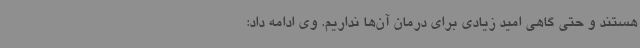
هستند و حتی گاهی امید زیادی برای درمان آن‌ها نداریم. وی ادامه داد: